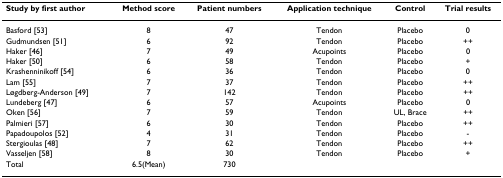
<table><thead><tr><td><b>Study by first author</b></td><td><b>Method score</b></td><td><b>Patient numbers</b></td><td><b>Application technique</b></td><td><b>Control</b></td><td><b>Trial results</b></td></tr></thead><tbody><tr><td>Basford [53]</td><td>8</td><td>47</td><td>Tendon</td><td>Placebo</td><td>0</td></tr><tr><td>Gudmundsen [51]</td><td>6</td><td>92</td><td>Tendon</td><td>Placebo</td><td>++</td></tr><tr><td>Haker [46]</td><td>7</td><td>49</td><td>Acupoints</td><td>Placebo</td><td>0</td></tr><tr><td>Haker [50]</td><td>6</td><td>58</td><td>Tendon</td><td>Placebo</td><td>+</td></tr><tr><td>Krashenninikoff [54]</td><td>6</td><td>36</td><td>Tendon</td><td>Placebo</td><td>0</td></tr><tr><td>Lam [55]</td><td>7</td><td>37</td><td>Tendon</td><td>Placebo</td><td>++</td></tr><tr><td>Løgdberg-Anderson [49]</td><td>7</td><td>142</td><td>Tendon</td><td>Placebo</td><td>++</td></tr><tr><td>Lundeberg [47]</td><td>6</td><td>57</td><td>Acupoints</td><td>Placebo</td><td>0</td></tr><tr><td>Oken [56]</td><td>7</td><td>59</td><td>Tendon</td><td>UL, Brace</td><td>++</td></tr><tr><td>Palmieri [57]</td><td>6</td><td>30</td><td>Tendon</td><td>Placebo</td><td>++</td></tr><tr><td>Papadoupolos [52]</td><td>4</td><td>31</td><td>Tendon</td><td>Placebo</td><td>-</td></tr><tr><td>Stergioulas [48]</td><td>7</td><td>62</td><td>Tendon</td><td>Placebo</td><td>++</td></tr><tr><td>Vasseljen [58]</td><td>8</td><td>30</td><td>Tendon</td><td>Placebo</td><td>+</td></tr><tr><td>Total</td><td>6.5(Mean)</td><td>730</td><td></td><td></td><td></td></tr></tbody></table>